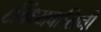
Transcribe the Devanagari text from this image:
८विंध्यवासिनी